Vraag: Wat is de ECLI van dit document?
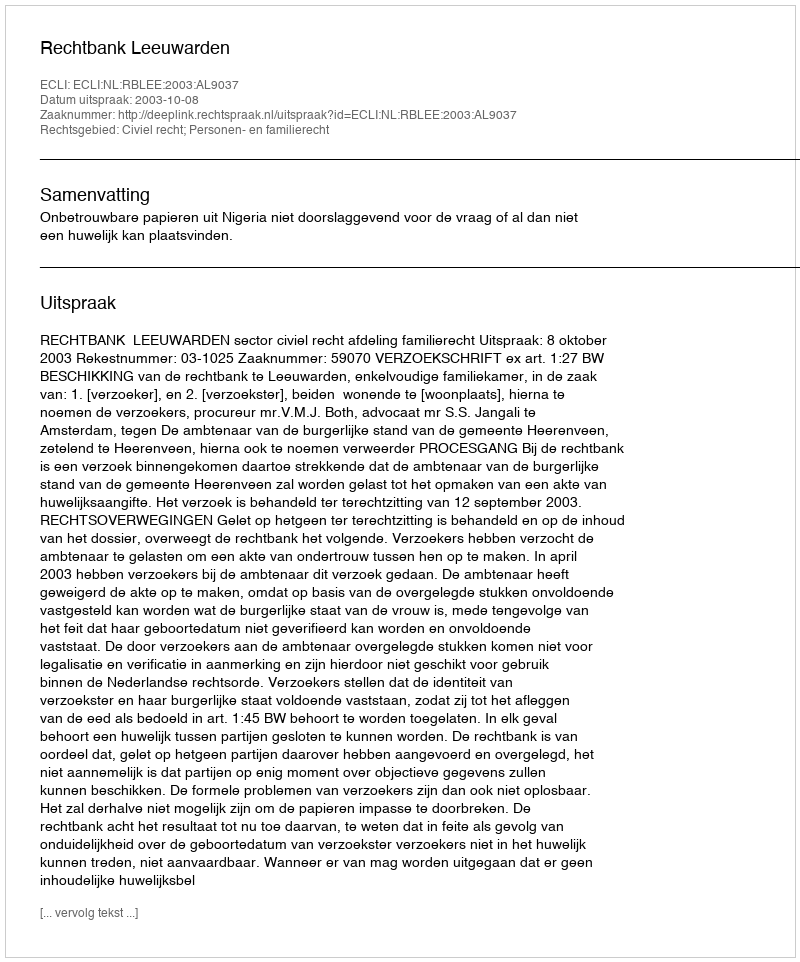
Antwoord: ECLI:NL:RBLEE:2003:AL9037